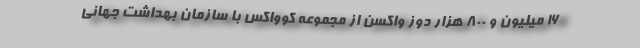
۱۶ میلیون و ۸۰۰ هزار دوز واکسن از مجموعه کوواکس با سازمان بهداشت جهانی